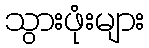
သွားဖုံးများ